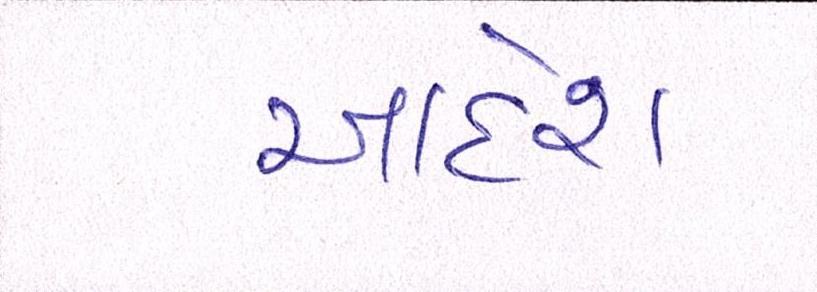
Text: આદેશ